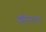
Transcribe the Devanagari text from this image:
खुटियाना